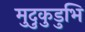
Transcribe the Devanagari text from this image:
मुदुकुडुभि